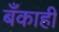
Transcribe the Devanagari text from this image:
बँकाही